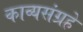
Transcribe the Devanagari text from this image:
काव्यसंग्रहे